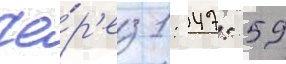
Че́р'ез 1: 47: 59